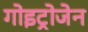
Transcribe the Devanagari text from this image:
गोइट्रोजेन